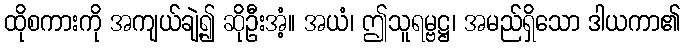
ထိုစကားကို အကျယ်ချဲ့၍ ဆိုဦးအံ့။ အယံ၊ ဤသူရမ္ဗဋ္ဌ၊ အမည်ရှိသော ဒါယကာ၏